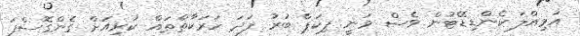
އަމިއްލަ ކެންޑިޑޭޓުން ވެސް ވަނީ ޕިކަޕް ބުރު ފަދަ ހަރަކާތްތައް ކުރިއަށް ގެންގޮސްފަ